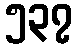
၅၃၇